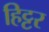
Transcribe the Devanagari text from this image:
हिट्टर